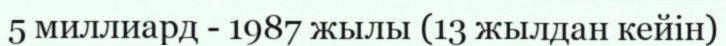
5 миллиард - 1987 жылы (13 жылдан кейін)